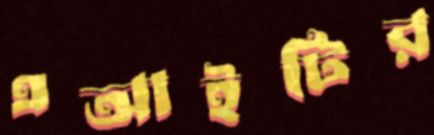
এআইটির